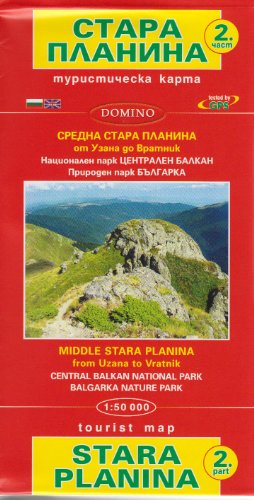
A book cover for Stara Planina Central Part East #2 (Bulgaria) 1:50,000 Hiking Map, GPS-compatible DOMINO; Domino Bulgaria; Travel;